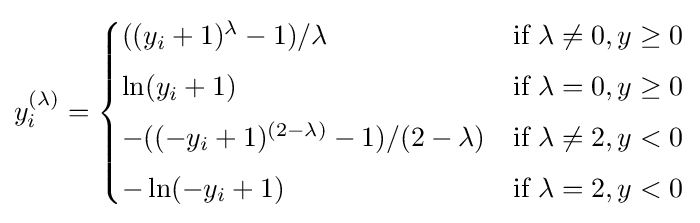
y_{i}^{(\lambda )}={\begin{cases}((y_{i}+1)^{\lambda }-1)/\lambda &{\text{if }}\lambda \neq 0,y\geq 0\\[4pt]\ln(y_{i}+1)&{\text{if }}\lambda =0,y\geq 0\\[4pt]-((-y_{i}+1)^{(2-\lambda )}-1)/(2-\lambda )&{\text{if }}\lambda \neq 2,y<0\\[4pt]-\ln(-y_{i}+1)&{\text{if }}\lambda =2,y<0\end{cases}}